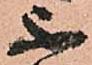
不